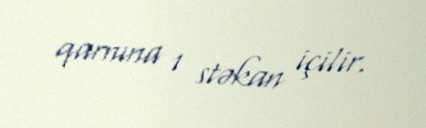
qarnına 1 stəkan içilir.